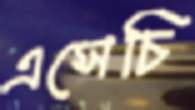
এসেচি